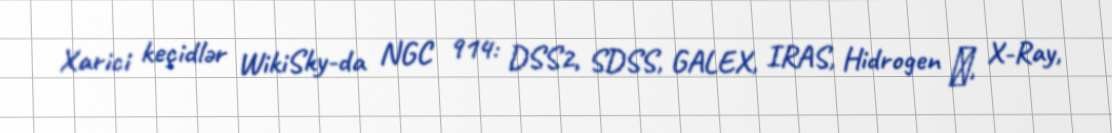
Xarici keçidlər WikiSky-da NGC 914: DSS2, SDSS, GALEX, IRAS, Hidrogen α, X-Ray,